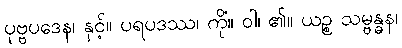
ပုဗ္ဗပဒေန၊ နှင့်။ ပရပဒဿ၊ ကို။ ဝါ၊ ၏။ ယဉ္စ သမ္ဗန္ဓနံ၊